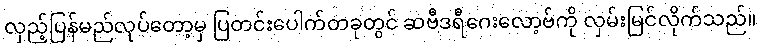
လှည့်ပြန်မည်လုပ်တော့မှ ပြတင်းပေါက်တခုတွင် ဆဗီဒရီဂေးလော့ဗ်ကို လှမ်းမြင်လိုက်သည်။